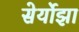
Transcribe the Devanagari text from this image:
सेर्योझा